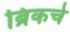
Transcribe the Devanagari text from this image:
ब्रिकचे